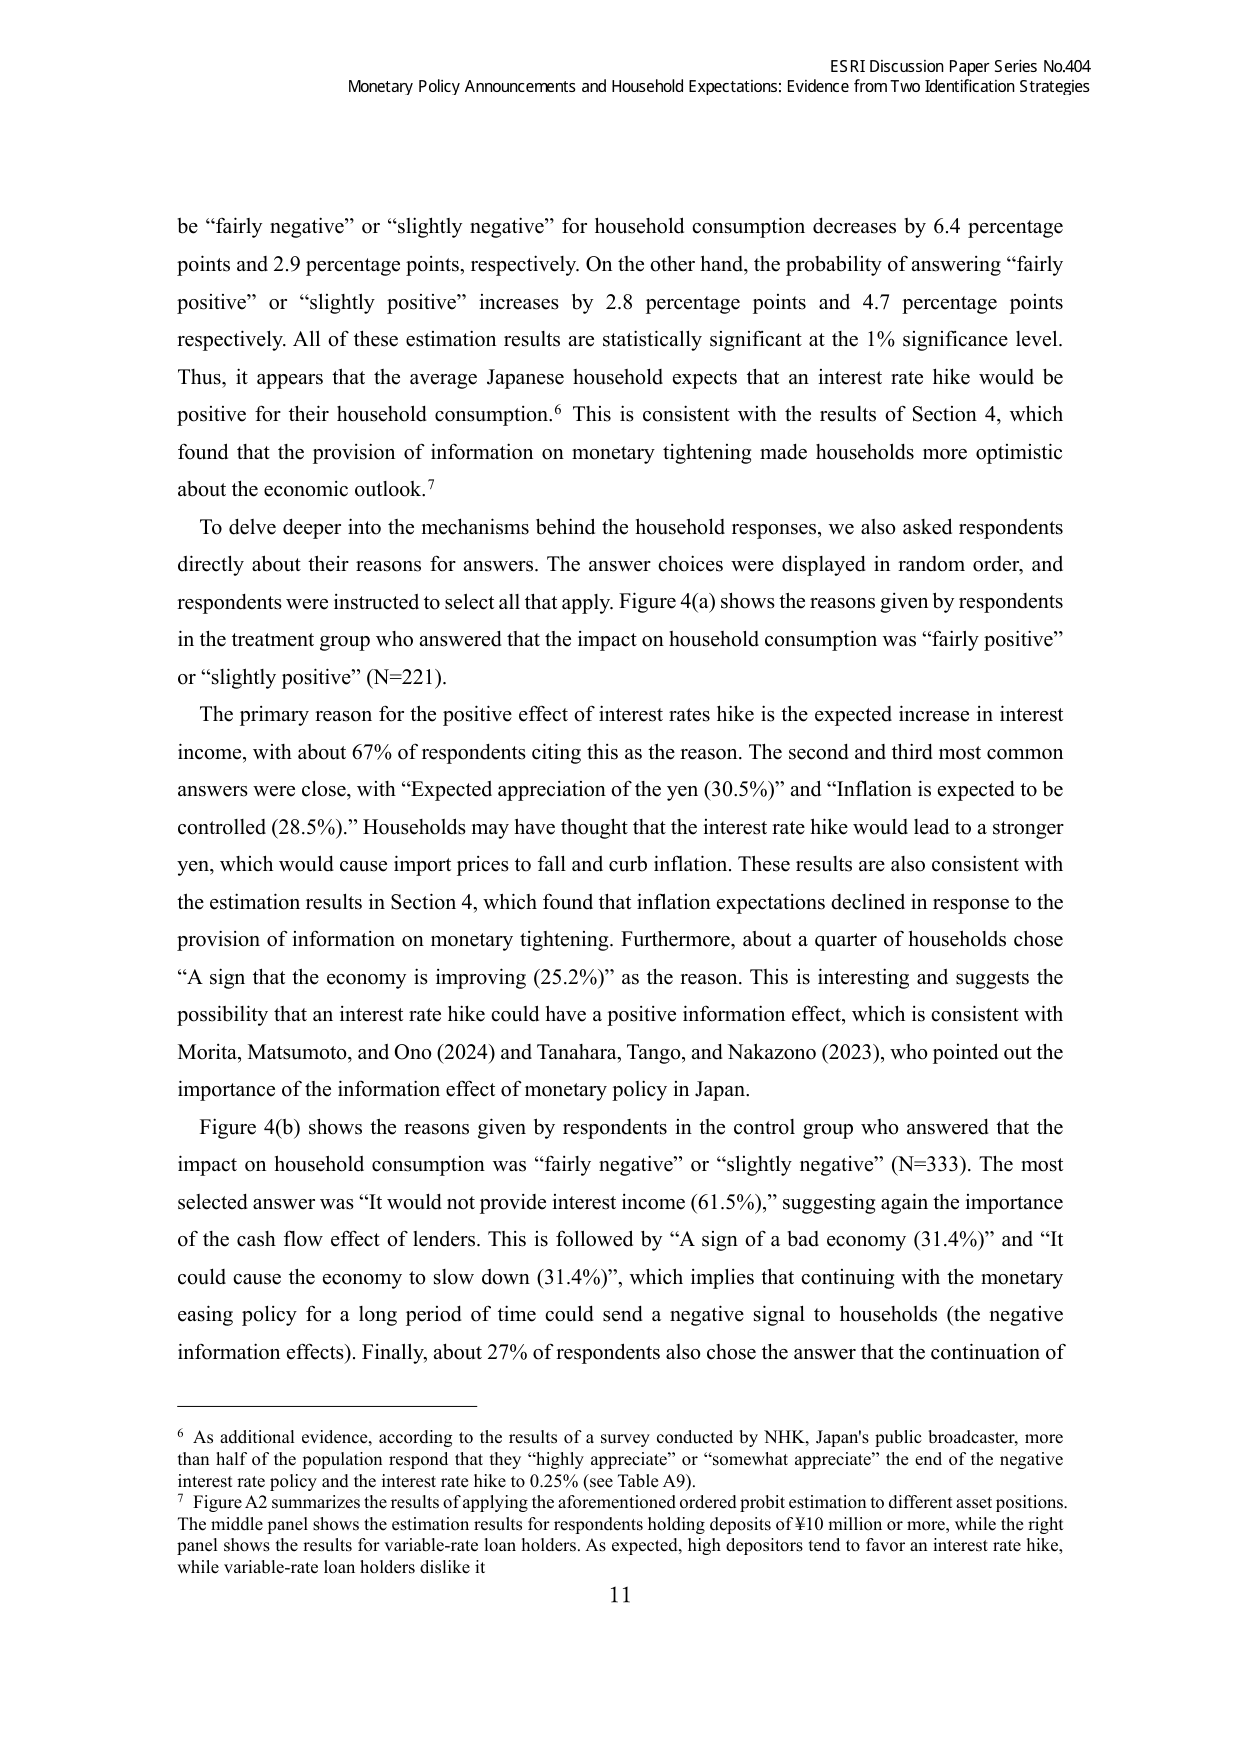
ESRI Discussion Paper Series No.404
Monetary Policy Announcements and Household Expectations: Evidence from Two Identification Strategies

be “fairly negative” or “slightly negative” for household consumption decreases by 6.4 percentage points and 2.9 percentage points, respectively. On the other hand, the probability of answering “fairly positive” or “slightly positive” increases by 2.8 percentage points and 4.7 percentage points respectively. All of these estimation results are statistically significant at the 1% significance level. Thus, it appears that the average Japanese household expects that an interest rate hike would be positive for their household consumption.⁶ This is consistent with the results of Section 4, which found that the provision of information on monetary tightening made households more optimistic about the economic outlook.⁷

To delve deeper into the mechanisms behind the household responses, we also asked respondents directly about their reasons for answers. The answer choices were displayed in random order, and respondents were instructed to select all that apply. Figure 4(a) shows the reasons given by respondents in the treatment group who answered that the impact on household consumption was “fairly positive” or “slightly positive” (N=221).

The primary reason for the positive effect of interest rates hike is the expected increase in interest income, with about 67% of respondents citing this as the reason. The second and third most common answers were close, with “Expected appreciation of the yen (30.5%)” and “Inflation is expected to be controlled (28.5%).” Households may have thought that the interest rate hike would lead to a stronger yen, which would cause import prices to fall and curb inflation. These results are also consistent with the estimation results in Section 4, which found that inflation expectations declined in response to the provision of information on monetary tightening. Furthermore, about a quarter of households chose “A sign that the economy is improving (25.2%)” as the reason. This is interesting and suggests the possibility that an interest rate hike could have a positive information effect, which is consistent with Morita, Matsumoto, and Ono (2024) and Tanahara, Tango, and Nakazono (2023), who pointed out the importance of the information effect of monetary policy in Japan.

Figure 4(b) shows the reasons given by respondents in the control group who answered that the impact on household consumption was “fairly negative” or “slightly negative” (N=333). The most selected answer was “It would not provide interest income (61.5%),” suggesting again the importance of the cash flow effect of lenders. This is followed by “A sign of a bad economy (31.4%)” and “It could cause the economy to slow down (31.4%)”, which implies that continuing with the monetary easing policy for a long period of time could send a negative signal to households (the negative information effects). Finally, about 27% of respondents also chose the answer that the continuation of

⁶ As additional evidence, according to the results of a survey conducted by NHK, Japan’s public broadcaster, more than half of the population respond that they “highly appreciate” or “somewhat appreciate” the end of the negative interest rate policy and the interest rate hike to 0.25% (see Table A9).
⁷ Figure A2 summarizes the results of applying the aforementioned ordered probit estimation to different asset positions. The middle panel shows the estimation results for respondents holding deposits of ¥10 million or more, while the right panel shows the results for variable-rate loan holders. As expected, high depositors tend to favor an interest rate hike, while variable-rate loan holders dislike it

11